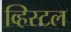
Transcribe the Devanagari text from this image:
व्हिस्टल